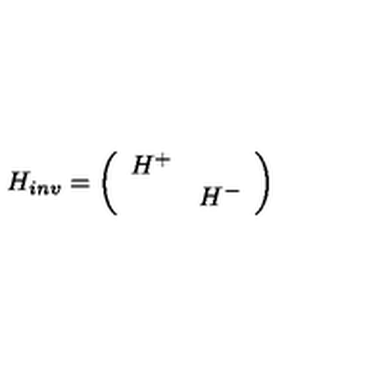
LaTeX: H _ { i n v } = \left( \begin{array} { c c } { H ^ { + } } & { \mathrm { } } \\ { \mathrm { } } & { H ^ { - } } \\ \end{array} \right)